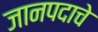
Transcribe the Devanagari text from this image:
जानपदाचे